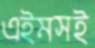
এইমসই